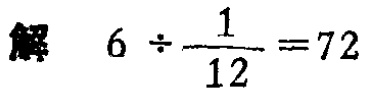
解 \(6 \div \frac{1}{12} = 72\)